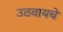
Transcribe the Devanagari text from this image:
उठवायचे